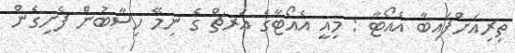
ތިރިއަށްފައިބާ އެއޯޓާ : މިއީ އެއޯޓާގެ އަރޗް ގެ ނިމޭ ހިސާބުން ފެށިގެން